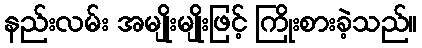
နည်းလမ်း အမျိုးမျိုးဖြင့် ကြိုးစားခဲ့သည်။